Eesti_Vabariigi_Tartu_Ulikool, lk 16
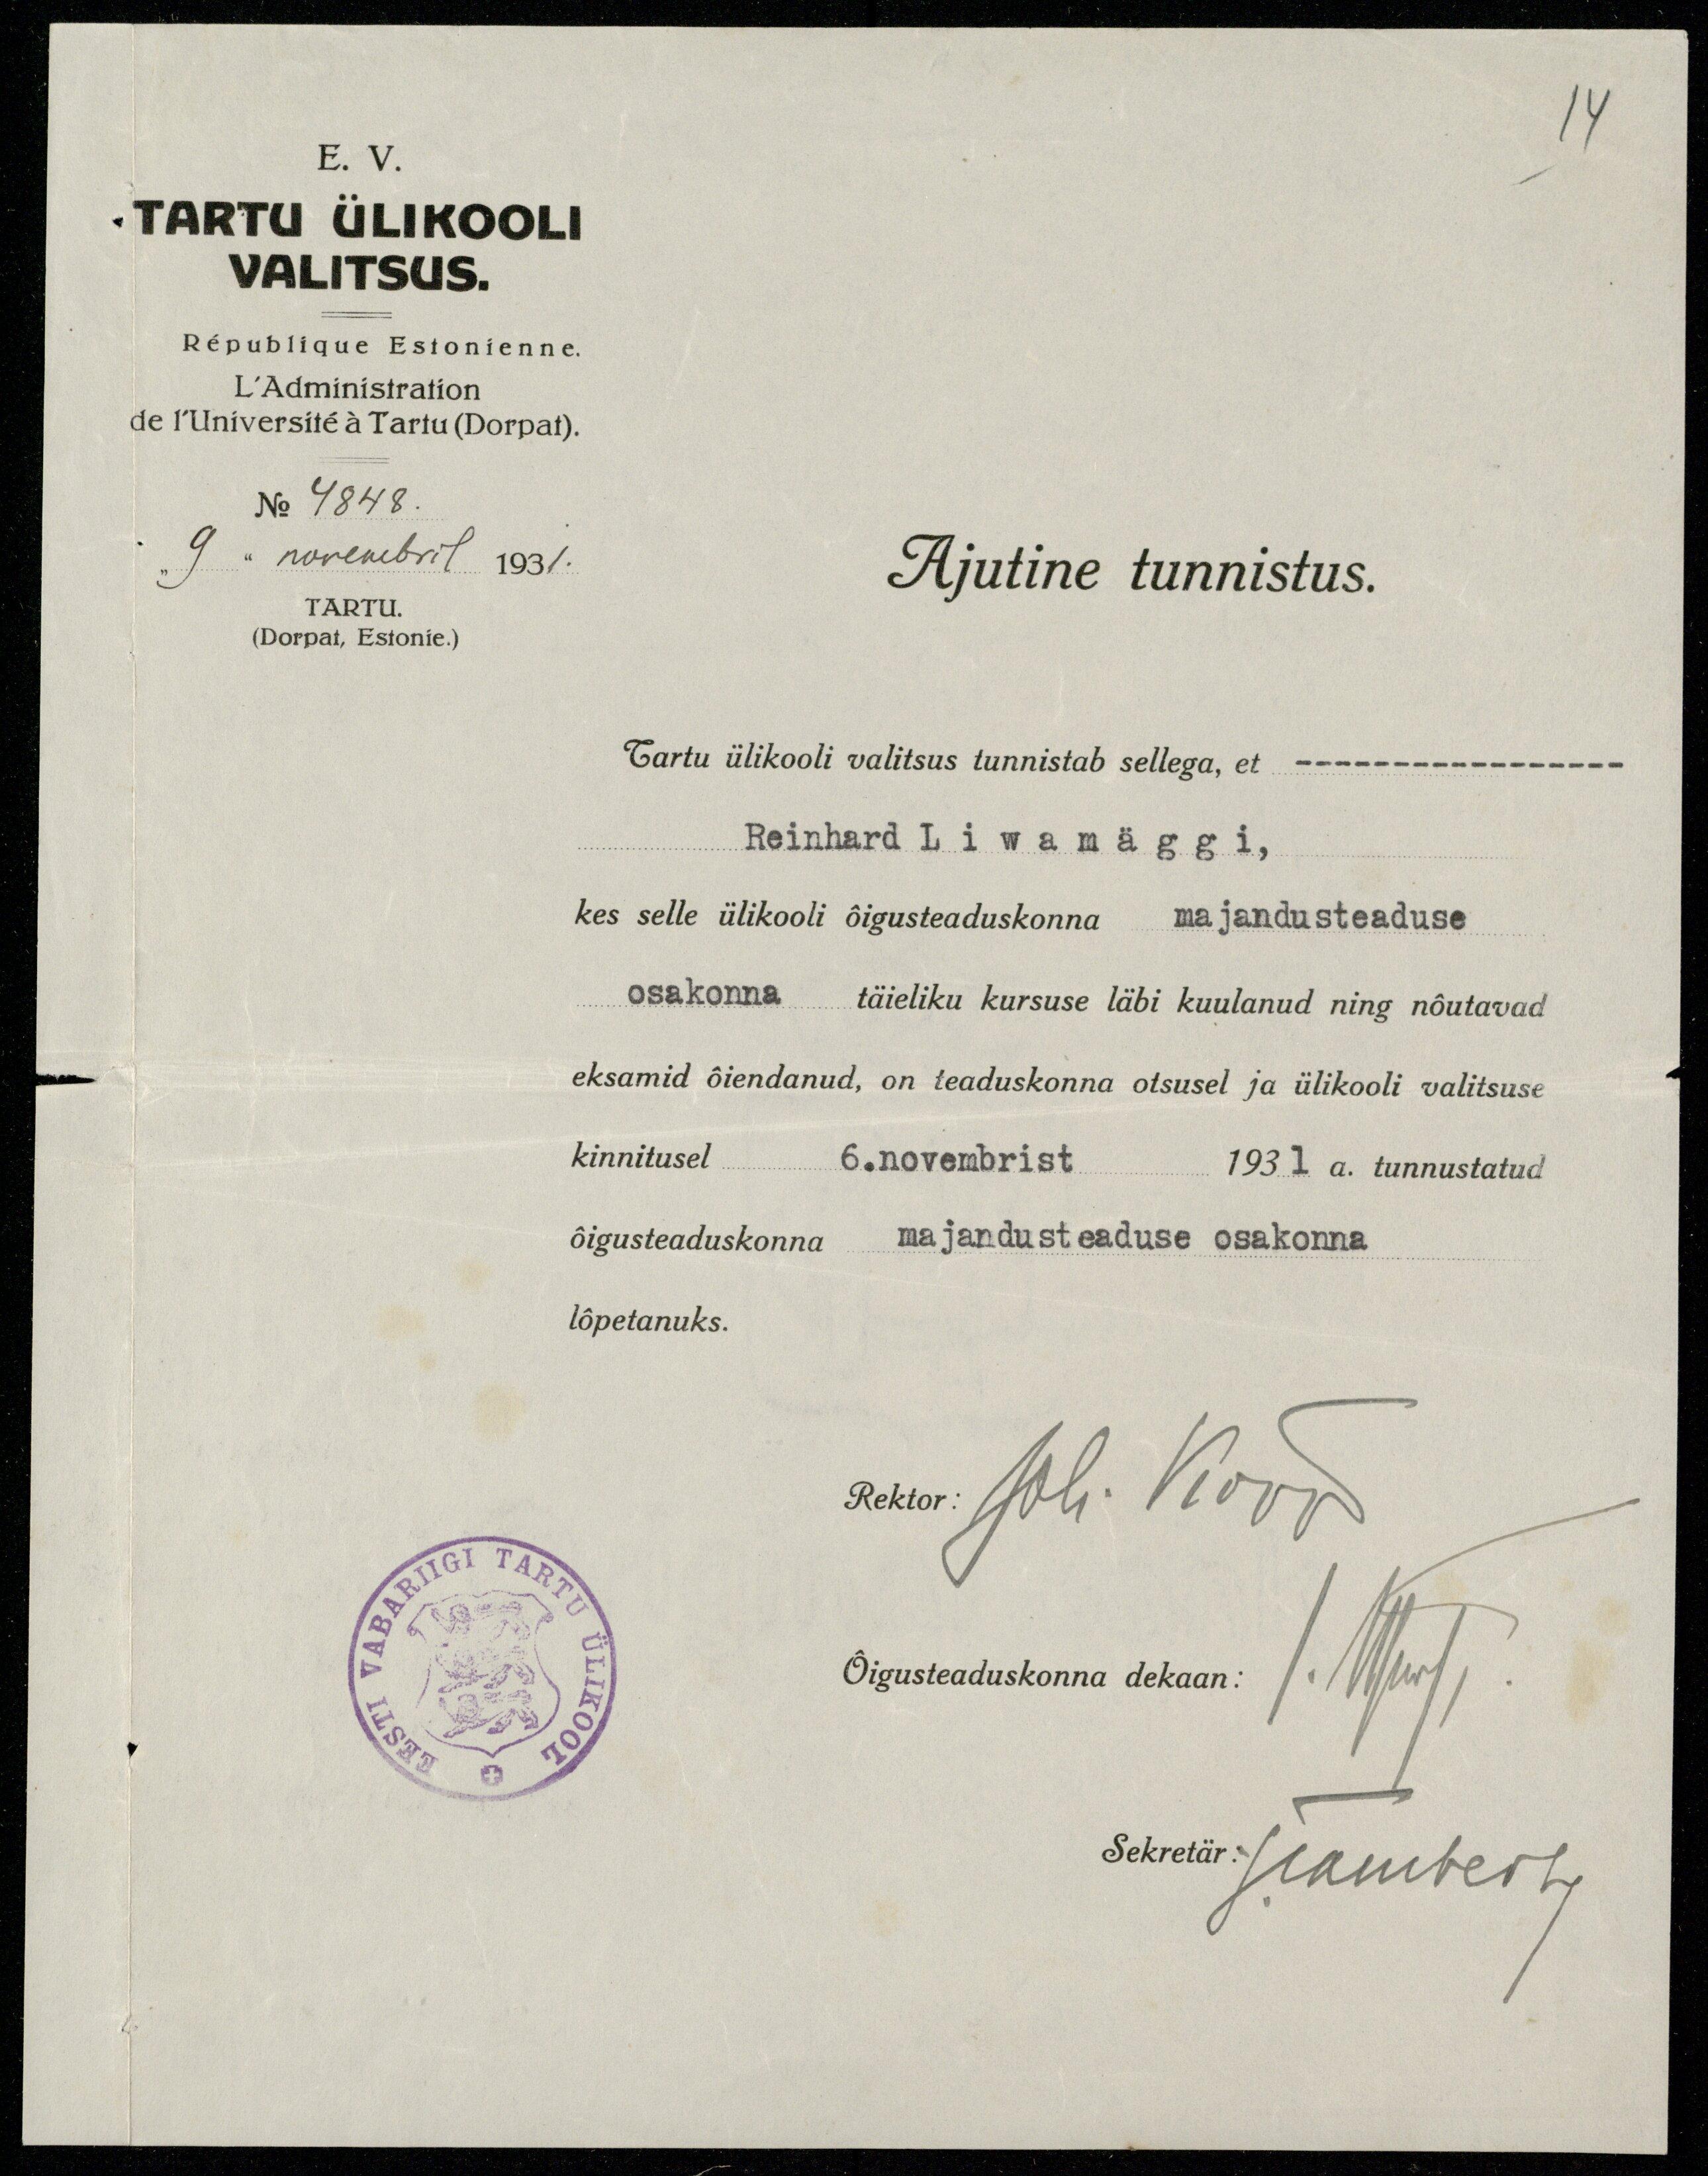
14
E.V.
TARTU ÜLIKOOLI
VALITSUS.
République Estonienne.
L' Administration
de l'Université à Tartu (Dorpat).
No 4848
Ajutine tunnistus.
9. novembril 1931.
TARTU.
(Dorpat, Estonie.)
Tartu ülikooli valitsus tunnistab sellega, et -----
Reinhard Liwamäggi,
kes selle ülikooli õigusteaduskonna majandusteaduse
osakonna täieliku kursuse läbi kuulanud ning nõutavad
eksamid õiendanud, on teaduskonna otsusel ja ülikooli valitsuse
kinnitusel 6. novembrist 1931 a. tunnustatud
õigusteaduskonna majandusteaduse osakonna
lõpetanuks.
Rektor: Joh. Kõpp
Õigusteaduskonna dekaan: Muut
Sekretär: JTamberg